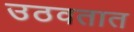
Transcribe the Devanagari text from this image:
उठवतात